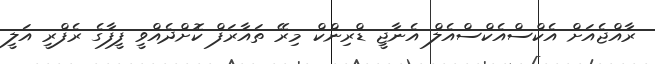
ރާއްޖެއަށް އެކްސްއެކްސްއެލް އެނާޖީ ޑްރިންކް މިރޭ ތައާރަފް ކޮށްދެއްވީ ފީފާގެ ރެފްރީ އަލީ